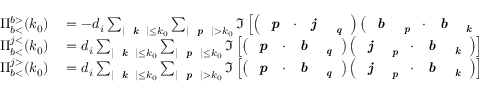
\begin{array} { r l } { \Pi _ { b < } ^ { b > } ( k _ { 0 } ) } & { { } = - d _ { i } \sum _ { | \textit { \textbf { k } } | \leq k _ { 0 } } \sum _ { | \textit { \textbf { p } } | > k _ { 0 } } \Im \left[ \left( \textit { \textbf { p } } \cdot \textit { \textbf { j } } _ { \textit { \textbf { q } } } \right) \left( \textit { \textbf { b } } _ { \textit { \textbf { p } } } \cdot \textit { \textbf { b } } _ { \textit { \textbf { k } } } \right) \right] , } \\ { \Pi _ { b < } ^ { j < } ( k _ { 0 } ) } & { { } = d _ { i } \sum _ { | \textit { \textbf { k } } | \leq k _ { 0 } } \sum _ { | \textit { \textbf { p } } | \leq k _ { 0 } } \Im \left[ \left( \textit { \textbf { p } } \cdot \textit { \textbf { b } } _ { \textit { \textbf { q } } } \right) \left( \textit { \textbf { j } } _ { \textit { \textbf { p } } } \cdot \textit { \textbf { b } } _ { \textit { \textbf { k } } } \right) \right] , } \\ { \Pi _ { b < } ^ { j > } ( k _ { 0 } ) } & { { } = d _ { i } \sum _ { | \textit { \textbf { k } } | \leq k _ { 0 } } \sum _ { | \textit { \textbf { p } } | > k _ { 0 } } \Im \left[ \left( \textit { \textbf { p } } \cdot \textit { \textbf { b } } _ { \textit { \textbf { q } } } \right) \left( \textit { \textbf { j } } _ { \textit { \textbf { p } } } \cdot \textit { \textbf { b } } _ { \textit { \textbf { k } } } \right) \right] , } \end{array}